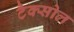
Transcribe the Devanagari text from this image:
टैक्सोल